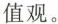
值观。